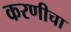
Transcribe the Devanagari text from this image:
करणीचा